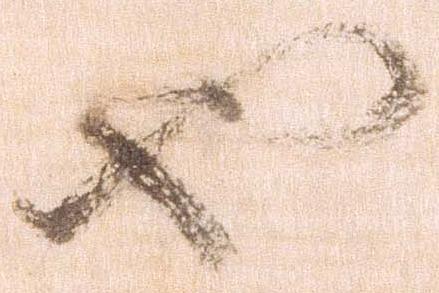
也